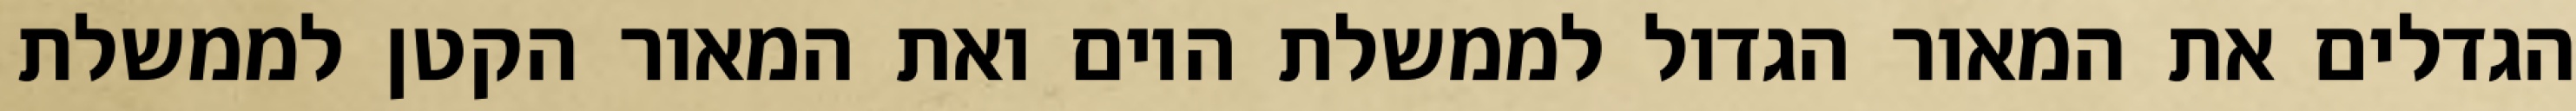
הגדלים את המאור הגדול לממשלת היום ואת המאור הקטן לממשלת